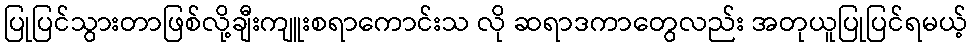
ပြုပြင်သွားတာဖြစ်လို့ချီးကျူးစရာကောင်းသ လို ဆရာဒကာတွေလည်း အတုယူပြုပြင်ရမယ့်